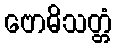
ဗောဓိသတ္တံ